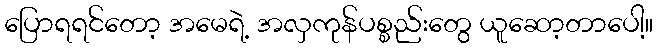
ပြောရရင်တော့ အမေရဲ့ အလှကုန်ပစ္စည်းတွေ ယူဆော့တာပေါ့။